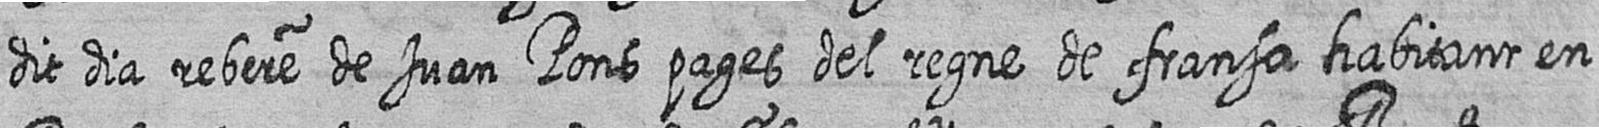
dit dia rebere de Juan Pons pages del regne de fransa habitant en